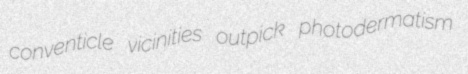
conventicle vicinities outpick photodermatism